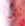
تأبى